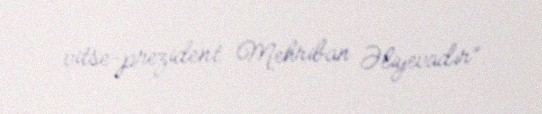
vitse-prezident Mehriban Əliyevadır”.